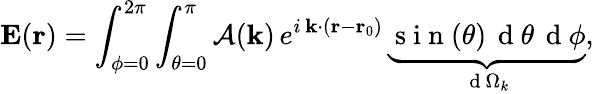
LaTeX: \mathbf{E}(\mathbf{r})=\int_{\phi=0}^{2\pi}\int_{\theta=0}^{\pi}\mathcal{A}(\mathbf{k})\, e^{i\, \mathbf{k}\cdot(\mathbf{r}-\mathbf{r}_{0})}\, \underbrace{\mathrm{~s~i~n~}(\theta)\, \mathrm{~d~}\theta\, \mathrm{~d~}\phi}_{\mathrm{~d~}\Omega_{k}},